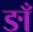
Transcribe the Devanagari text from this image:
ङाँ